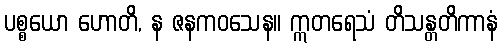
ပစ္စယော ဟောတိ, န ဇနကဝသေန။ ဣတရေသံ တိသန္တတိကာနံ